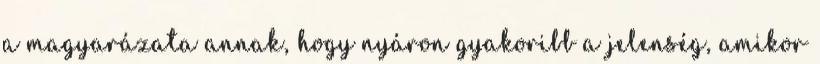
a magyarázata annak, hogy nyáron gyakoribb a jelenség, amikor